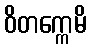
ဝိတက္ကေမိ